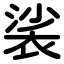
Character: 裟